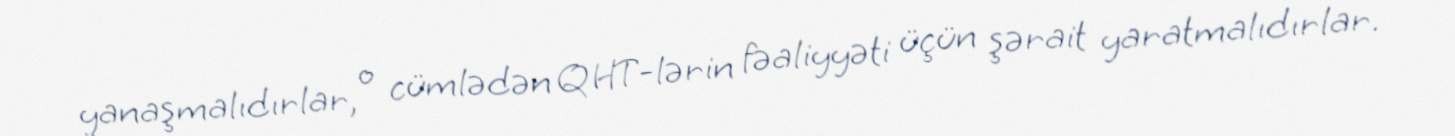
yanaşmalıdırlar, o cümlədən QHT-lərin fəaliyyəti üçün şərait yaratmalıdırlar.